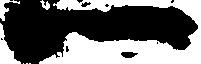
一